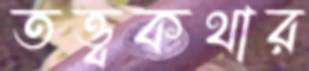
তত্ত্বকথার